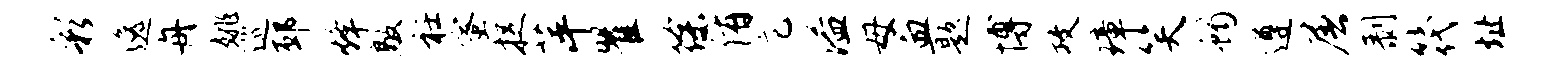
彩逸舟姚巡邳烽敲衽蜜捉萍瞿徐侑庀溢母血题博攻璋笑蝎遵屠剥筏址